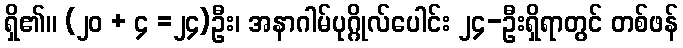
ရှိ၏။ (၂၀ + ၄ =၂၄)ဦး၊ အနာဂါမ်ပုဂ္ဂိုလ်ပေါင်း ၂၄-ဦးရှိရာတွင် တစ်ဖန်